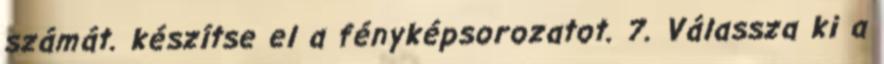
számát. készítse el a fényképsorozatot. 7. Válassza ki a